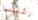
رئيسا